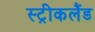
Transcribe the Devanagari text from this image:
स्ट्रीकलैंड